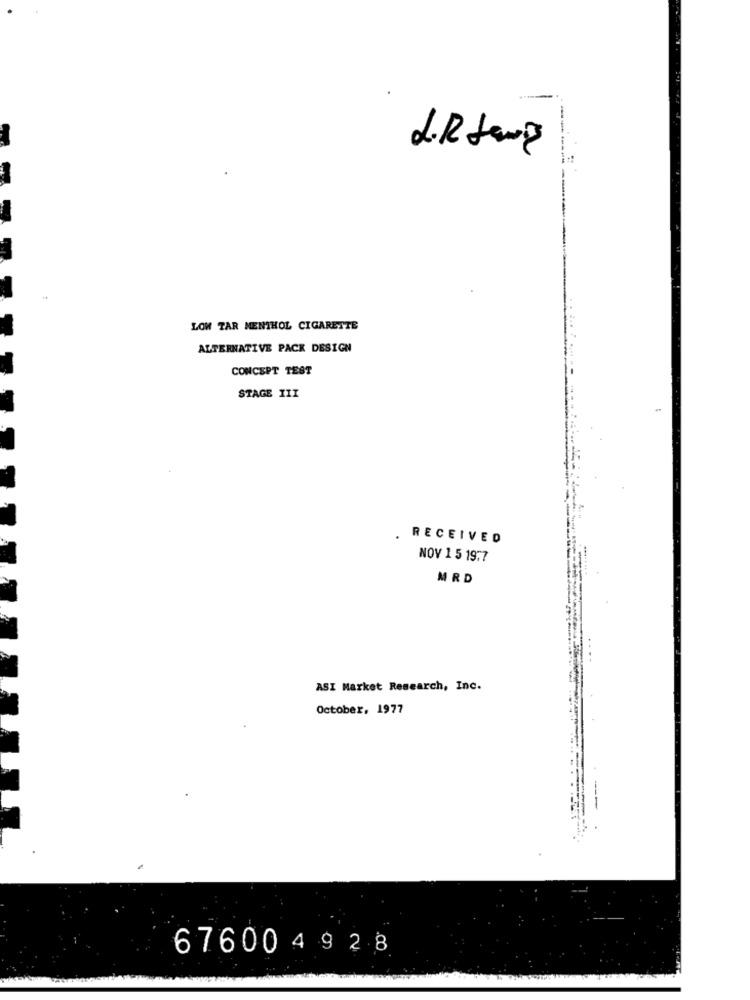
--
LOW TAR MENTHOL CIGARETTE
ALTERNATIVE PACK DESIGN
CONCEPT TEST
STAGE III
. RECEIVED
NOV 1 5 1977
MRD
ASI Market Research, Inc.
October, 1977
676004928